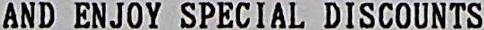
AND ENJOY SPECIAL DISCOUNTS